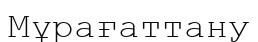
Мұрағаттану